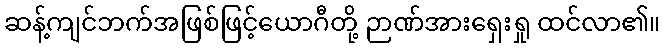
ဆန့်ကျင်ဘက်အဖြစ်ဖြင့်ယောဂီတို့ ဉာဏ်အားရှေးရှု ထင်လာ၏။